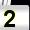
Digit: 2